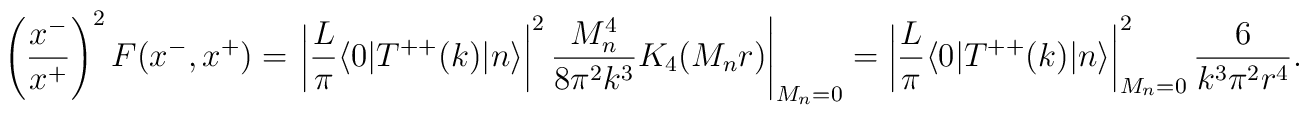
\left( x^- \over x^+ \right)^2 F(x^-,x^+) = \left. \left| {L \over \pi}\langle 0 | T^{++}(k) | n \rangle \right|^2 {M_n^4 \over 8 \pi^2 k^3 }K_4(M_n r) \right|_{M_n =0} =\left| {L \over \pi} \langle 0 | T^{++}(k) | n \rangle \right|^2_{M_n=0}{6 \over k^3 \pi^2 r^4} .